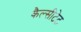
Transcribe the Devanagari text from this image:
कैल्सीटेट